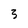
Character: 3